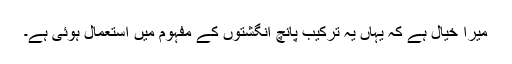
میرا خیال ہے کہ یہاں یہ ترکیب پانچ انگُشتوں کے مفہوم میں استعمال ہوئی ہے۔